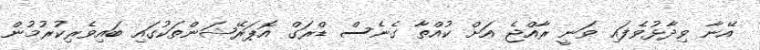
އޭނާ ވިދާޅުވެފައި ވަނީ ރާއްޖެ އަށް ކުއްތާ ގެނެސް ޑްރަގް އޮޕަރޭޝަންތަކުގައި ބައިވެރިކުރުމުން